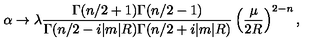
\alpha \to \lambda \frac { \Gamma ( n / 2 + 1 ) \Gamma ( n / 2 - 1 ) } { \Gamma ( n / 2 - i | m | R ) \Gamma ( n / 2 + i | m | R ) } \left( \frac { \mu } { 2 R } \right) ^ { 2 - n } ,